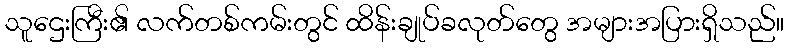
သူဌေးကြီး၏ လက်တစ်ကမ်းတွင် ထိန်းချုပ်ခလုတ်တွေ အများအပြားရှိသည်။